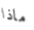
ماذا